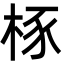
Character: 㭬